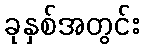
ခုနှစ်အတွင်း